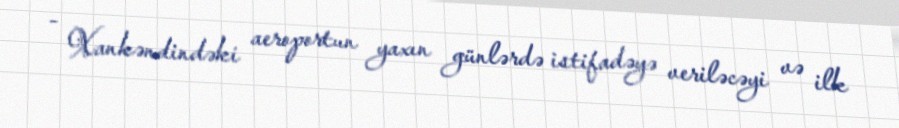
- Xankəndindəki aeroportun yaxın günlərdə istifadəyə veriləcəyi və ilk